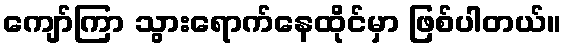
ကျော်ကြာ သွားရောက်နေထိုင်မှာ ဖြစ်ပါတယ်။